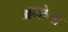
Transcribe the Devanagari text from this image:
अनोना